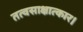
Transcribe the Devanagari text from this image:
तत्वसाक्षात्कार।